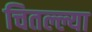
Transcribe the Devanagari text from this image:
चितल्ल्या